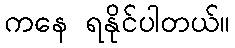
ကနေ ရနိုင်ပါတယ်။